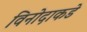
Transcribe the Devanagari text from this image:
विनोदाकडे